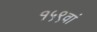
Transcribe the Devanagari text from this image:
१५९वां